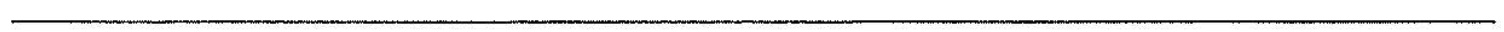
___